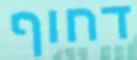
דחוף